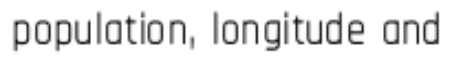
population, longitude and